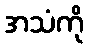
အသံကို